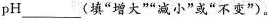
pH___(填”增大””减小”或”不变”)。